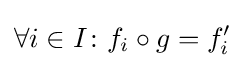
\forall i\in I\colon f_{i}\circ g=f'_{i}